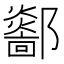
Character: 𨟏